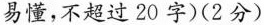
易懂，不超过20字)(2分)